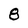
Character: 8